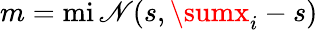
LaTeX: m=\operatorname*{mi\mathscr{N}}(s,\sumx_{i}-s)